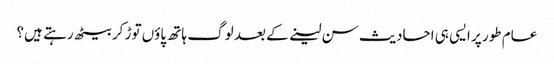
عام طور پر ایسی ہی احادیث سن لینے کے بعد لوگ ہاتھ پاؤں توڑ کر بیٹھ رہتے ہیں؟